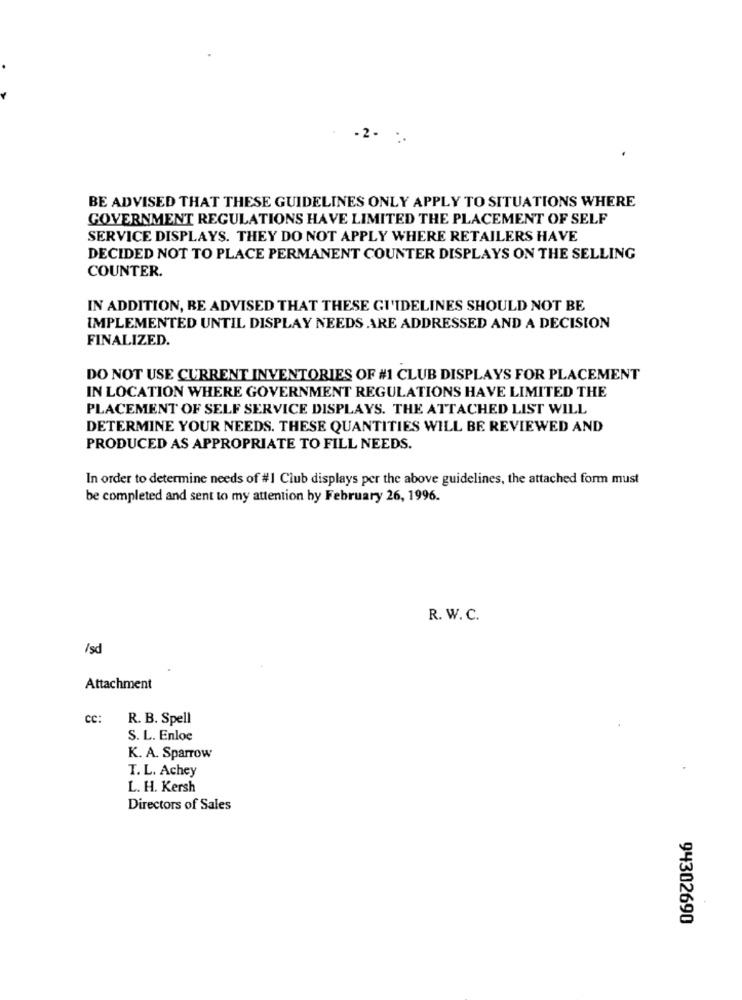
-2 -
BE ADVISED THAT THESE GUIDELINES ONLY APPLY TO SITUATIONS WHERE
GOVERNMENT REGULATIONS HAVE LIMITED THE PLACEMENT OF SELF
SERVICE DISPLAYS. THEY DO NOT APPLY WHERE RETAILERS HAVE
DECIDED NOT TO PLACE PERMANENT COUNTER DISPLAYS ON THE SELLING
COUNTER.
IN ADDITION, BE ADVISED THAT THESE GUIDELINES SHOULD NOT BE
IMPLEMENTED UNTIL DISPLAY NEEDS ARE ADDRESSED AND A DECISION
FINALIZED.
DO NOT USE CURRENT INVENTORIES OF #1 CLUB DISPLAYS FOR PLACEMENT
IN LOCATION WHERE GOVERNMENT REGULATIONS HAVE LIMITED THE
PLACEMENT OF SELF SERVICE DISPLAYS. THE ATTACHED LIST WILL
DETERMINE YOUR NEEDS. THESE QUANTITIES WILL BE REVIEWED AND
PRODUCED AS APPROPRIATE TO FILL NEEDS.
In order to determine needs of #1 Club displays per the above guidelines, the attached form must
be completed and sent to my attention by February 26, 1996.
R. W. C.
/sd
Attachment
CC:
R. B. Spell
S. L. Enloe
K. A. Sparrow
T. L. Achey
L. H. Kersh
Directors of Sales
94302690